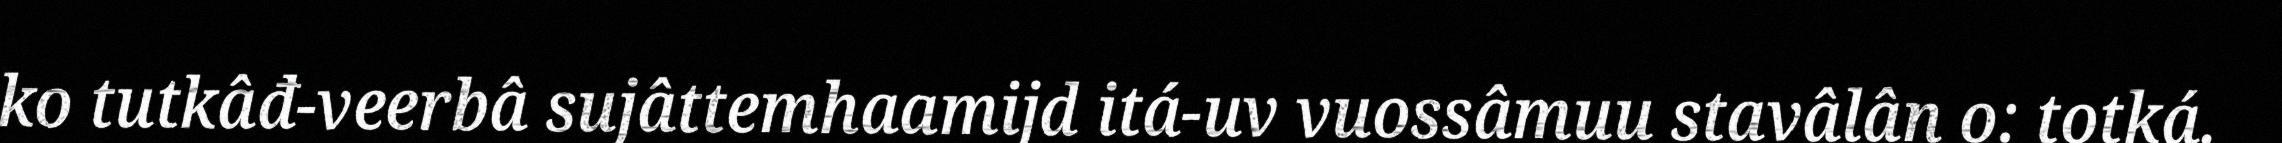
ko tutkâđ-veerbâ sujâttemhaamijd itá-uv vuossâmuu stavâlân o: totká.